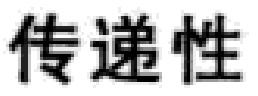
传递性